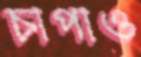
চাপাও